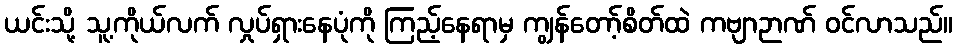
ယင်းသို့ သူ့ကိုယ်လက် လှုပ်ရှားနေပုံကို ကြည့်နေရာမှ ကျွန်တော့်စိတ်ထဲ ကဗျာဉာဏ် ဝင်လာသည်။